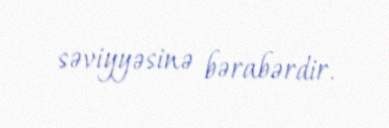
səviyyəsinə bərabərdir.